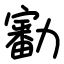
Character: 㔤